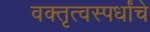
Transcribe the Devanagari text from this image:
वक्तृत्वस्पर्धांचे